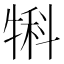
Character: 犐